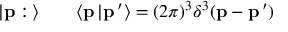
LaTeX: \vert { \bf p } : \, \rangle \qquad \langle { \bf p } \, \vert { \bf p } \, ^ { \prime } \rangle = ( 2 \pi ) ^ { 3 } \delta ^ { 3 } ( { \bf p } - { \bf p } \, ^ { \prime } )